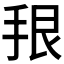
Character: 𪭳